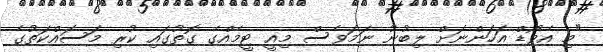
"މި އެވޯޑް އަހަންނަށް ލިބުނު ނަމަވެސް މިއީ ޓީމެއްގެ ގޮތުގައި ކުރި މަސައްކަތުގެ